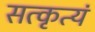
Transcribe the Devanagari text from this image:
सत्कृत्यं